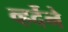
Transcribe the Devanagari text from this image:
व्हर्देने